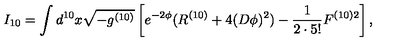
I _ { 1 0 } = \int d ^ { 1 0 } x \sqrt { - g ^ { ( 1 0 ) } } \left[ e ^ { - 2 \phi } ( R ^ { ( 1 0 ) } + 4 ( D \phi ) ^ { 2 } ) - \frac { 1 } { 2 \cdot 5 ! } F ^ { ( 1 0 ) 2 } \right] ,